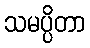
သမပ္ပိတာ